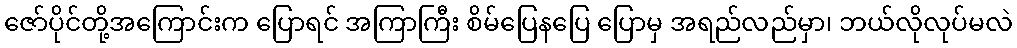
ဇော်ပိုင်တို့အကြောင်းက ပြောရင် အကြာကြီး စိမ်ပြေနပြေ ပြောမှ အရည်လည်မှာ၊ ဘယ်လိုလုပ်မလဲ